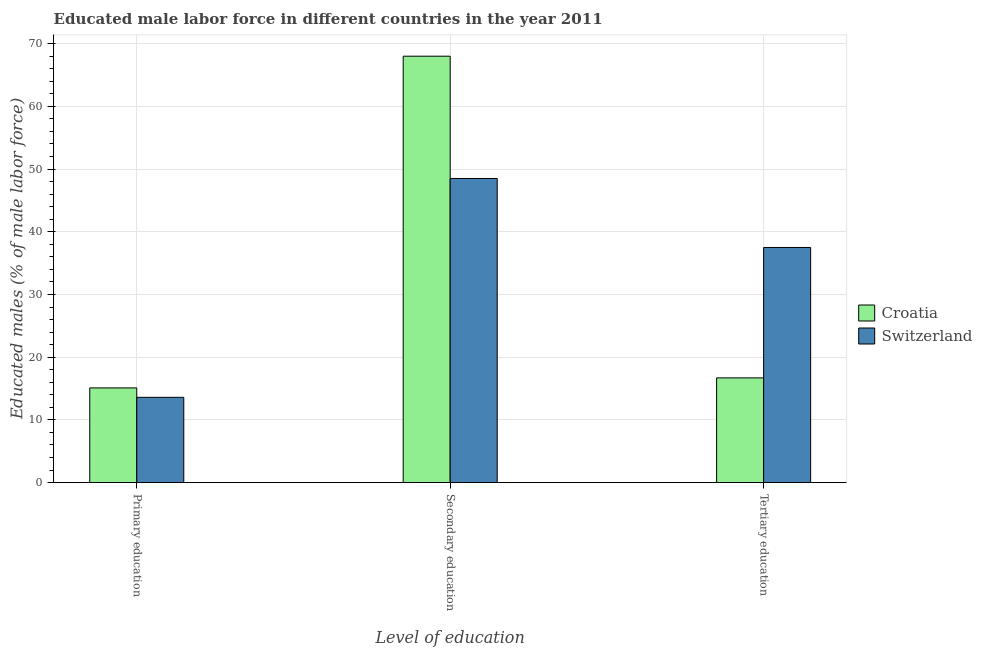
| Level of education | Croatia | Switzerland |
 | --- | --- | --- |
 | Primary education | 15.1 | 13.6 |
 | Secondary education | 68 | 48.5 |
 | Tertiary education | 16.7 | 37.5 |